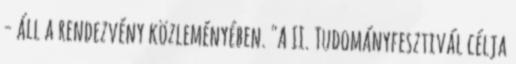
- áll a rendezvény közleményében. "A II. Tudományfesztivál célja